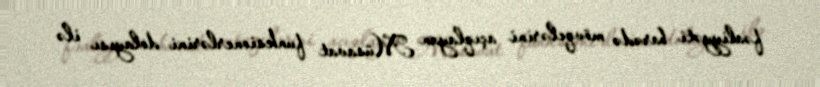
fəaliyyəti barədə mövqelərini açıqlayan Müsavat funksionerlərini dolayısı ilə